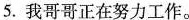
5. 我哥哥正在努力工作。